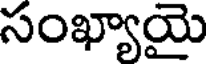
సంఖ్యాయై